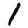
Digit: 1